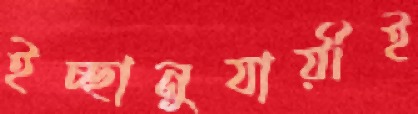
ইচ্ছানুযায়ীই